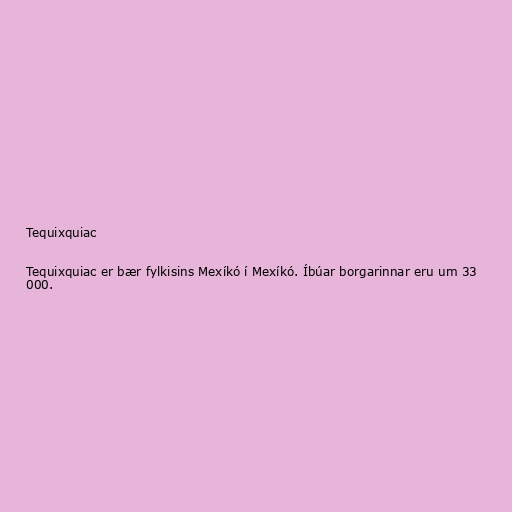
Tequixquiac

Tequixquiac er bær fylkisins Mexíkó í Mexíkó. Íbúar borgarinnar eru um 33
000.